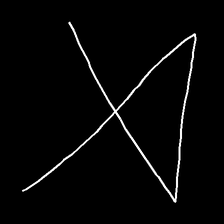
Glyph: collection